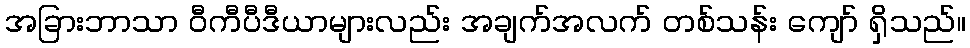
အခြားဘာသာ ဝီကီပီဒီယာများလည်း အချက်အလက် တစ်သန်း ကျော် ရှိသည်။